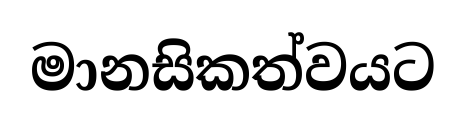
මානසිකත්වයට